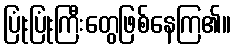
ပြုံးပြုံးကြီးတွေဖြစ်နေကြ၏။